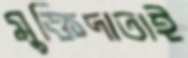
মুক্তিদাতাই